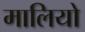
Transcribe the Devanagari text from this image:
मालियो